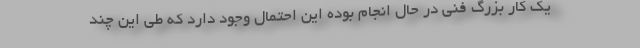
یک کار بزرگ فنی در حال انجام بوده این احتمال وجود دارد که طی این چند